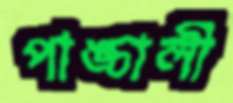
পাঙ্চালী